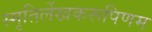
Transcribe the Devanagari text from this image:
स्मृतिर्लेखकरूपिणम